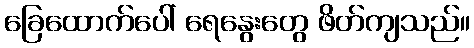
ခြေထောက်ပေါ် ရေနွေးတွေ ဖိတ်ကျသည်။